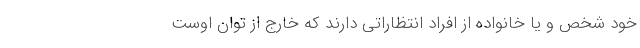
خود شخص و یا خانواده از افراد انتظاراتی دارند که خارج از توان اوست